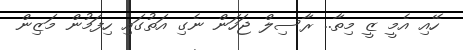
ހޭއި އެމީ ޒީ މިތާ.. ރާސިލް ޖަހަން ނެގި އަތުގައި ހިފަމުން މަޒިން